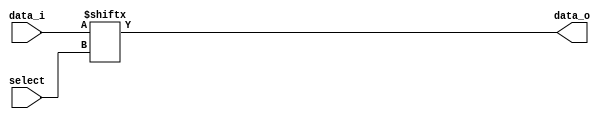
module mux_1_to_4(select,data_i,data_o);

input [1:0] select;
input [3:0] data_i;
output data_o = data_i[select];

endmodule